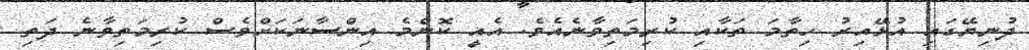
ދުނިޔޭގައި އުޅޭއިރު ހިތާމަ ތަކާއި ކުރިމަތިވާނެއެވެ. އެއީ ކޮންމެ އިންސާނަކަށްވެސް ކުރިމަތިވާނެ ދަތި